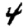
Digit: 4